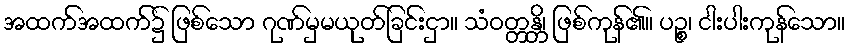
အထက်အထက်၌ ဖြစ်သော ဂုဏ်မှမယုတ်ခြင်းငှာ။ သံဝတ္တန္တိ၊ ဖြစ်ကုန်၏။ ပဉ္စ၊ ငါးပါးကုန်သော။